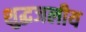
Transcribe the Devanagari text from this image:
शुद्धजलीय